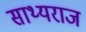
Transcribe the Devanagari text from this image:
साथ्यराज